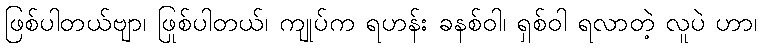
ဖြစ်ပါတယ်ဗျာ၊ ဖြစ်ပါတယ်၊ ကျုပ်က ရဟန်း ခုနစ်ဝါ၊ ရှစ်ဝါ ရလာတဲ့ လူပဲ ဟာ၊